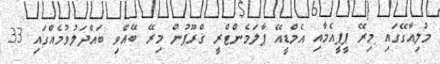
މުލިއާގޭގައި މިރޭ ޕީޕީއެމާއި އެމްޑީއޭ ޕާލަމެންޓްރީ ގްރޫޕުން މިރޭ ބޭއްވި ބައްދަލުވުމެއްގައި 33